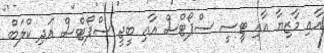
އާއި މާޒިޔާ އާއި ޓީސީ ސްޕޯޓްސް އާއި ބީޖީ ސްޕޯޓްސް އަދި ކްލަބް